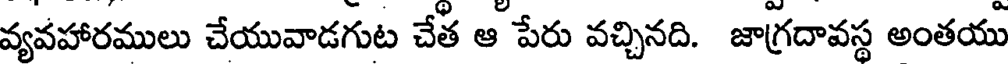
వ్యవహారములు చేయువాడగుట చేత ఆ పేరు వచ్చినది. జాగ్రదావస్థ అంతయు